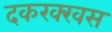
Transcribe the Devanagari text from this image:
दकरक्खस